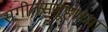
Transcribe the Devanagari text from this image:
संगीतसमूहाच्या